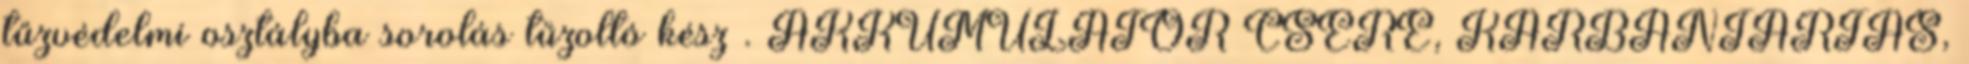
tűzvédelmi osztályba sorolás tűzoltó kész . AKKUMULÁTOR CSERE, KARBANTARTÁS,